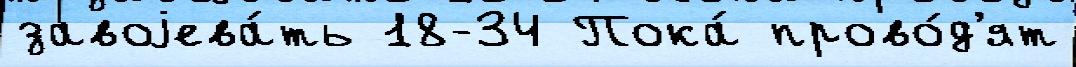
завоjева́ть 18-34 Пока́ прово́д'ят